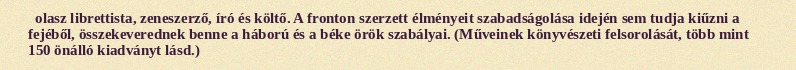
olasz librettista, zeneszerző, író és költő. A fronton szerzett élményeit szabadságolása idején sem tudja kiűzni a fejéből, összekeverednek benne a háború és a béke örök szabályai. (Műveinek könyvészeti felsorolását, több mint 150 önálló kiadványt lásd.)